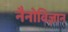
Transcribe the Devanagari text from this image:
नैनोविज्ञान